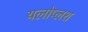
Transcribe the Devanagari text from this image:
यलोप्लश